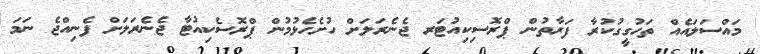
މައްސަލައެއް ތަހުގީގުކުރާ ފަރާތުން ޕްރޮސިކިއުޓަރ ޖެނެރަލަށް ހުށެހެޅުމުން ޕްރޮސެކިއުޓާ ޖެނެރަލަށް ފެނިއްޖެ ނަމަ